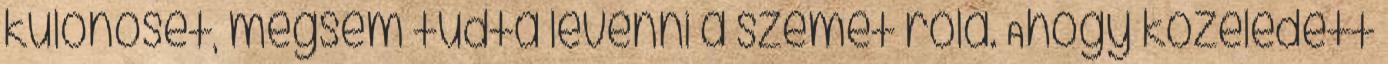
különöset, mégsem tudta levenni a szemét róla. Ahogy közeledett